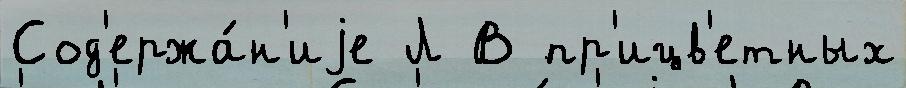
Сод'ержа́н'иjе Л В пр'ицв'етных